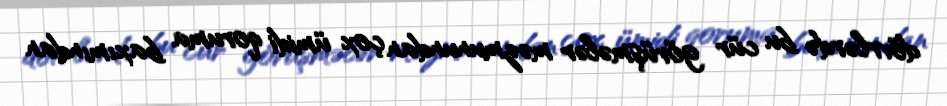
dövrlərdə bu cür görüşmələr məzmunundan çox ümidi qoruma baxımından